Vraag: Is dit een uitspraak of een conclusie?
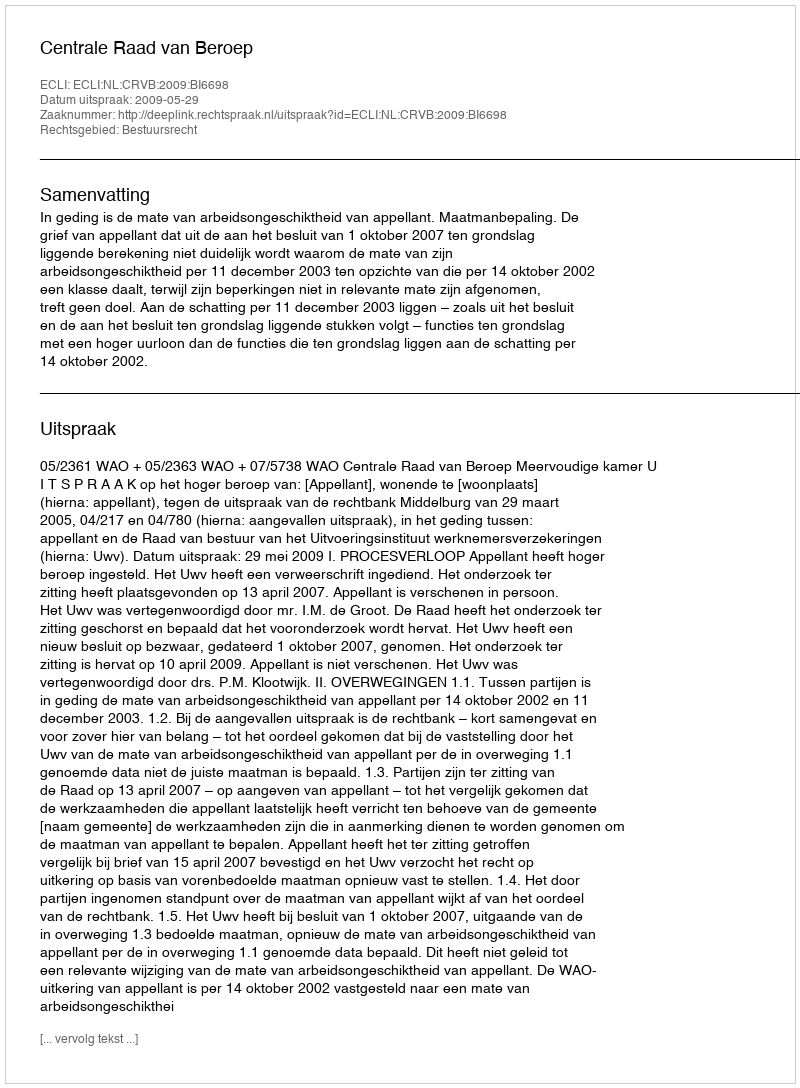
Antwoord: Uitspraak